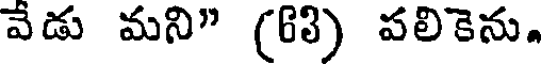
వేడు మని" (63) పలికెను.